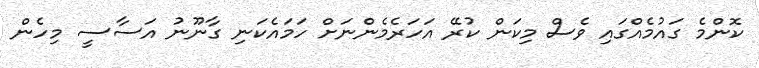
ކޮންމެ ގައުމެއްގައި ވެސް މިކަން ކުރޭ އަހަރެމެންނަށް ހަމައެކަނި ގާނޫނު އަސާސީ މިހެން